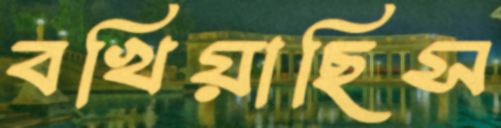
বখিয়াছিস